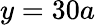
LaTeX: y=30a